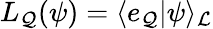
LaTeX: L_{\cal Q}({\psi})=\langle e_{\cal Q}|{\psi}\rangle_{\cal L}